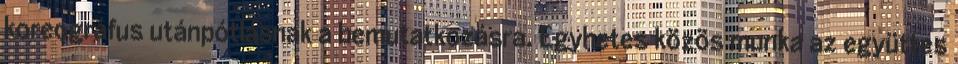
koreográfus utánpótlásnak a bemutatkozásra. Egyhetes közös munka az együttes